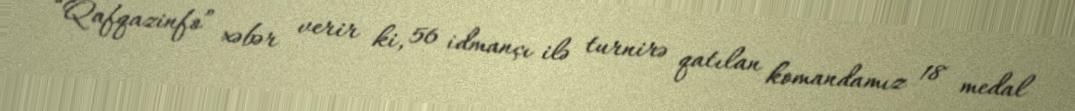
“Qafqazinfo” xəbər verir ki, 56 idmançı ilə turnirə qatılan komandamız 18 medal